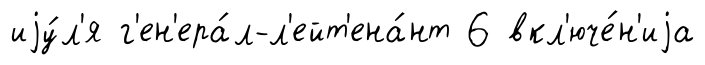
иjу́л'я г'ен'ера́л-л'ейт'ена́нт 6 вкл'юче́н'иjа